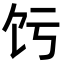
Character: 𬲧